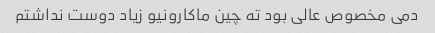
دمی مخصوص عالی بود ته چین ماکارونیو زیاد دوست نداشتم